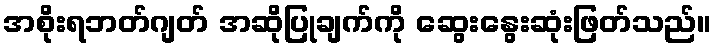
အစိုးရဘတ်ဂျတ် အဆိုပြုချက်ကို ဆွေးနွေးဆုံးဖြတ်သည်။